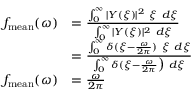
\begin{array} { r l } { f _ { \mathrm { m e a n } } ( \omega ) } & { = \frac { \int _ { 0 } ^ { \infty } | Y ( \xi ) | ^ { 2 } ~ \xi ~ d \xi } { \int _ { 0 } ^ { \infty } | Y ( \xi ) | ^ { 2 } ~ d \xi } } \\ & { = \frac { \int _ { 0 } ^ { \infty } \delta ( \xi - \frac { \omega } { 2 \pi } ) ~ \xi ~ d \xi } { \int _ { 0 } ^ { \infty } \delta ( \xi - \frac { \omega } { 2 \pi } \big ) ~ d \xi } } \\ { f _ { \mathrm { m e a n } } ( \omega ) } & { = \frac { \omega } { 2 \pi } } \end{array}